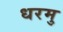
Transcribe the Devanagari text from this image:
धरमु